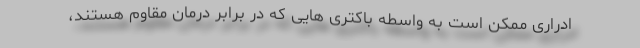
ادراری ممکن است به واسطه باکتری هایی که در برابر درمان مقاوم هستند،